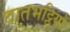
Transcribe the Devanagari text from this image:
वातभट्ठियों